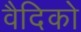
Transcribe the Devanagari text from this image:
वैदिको